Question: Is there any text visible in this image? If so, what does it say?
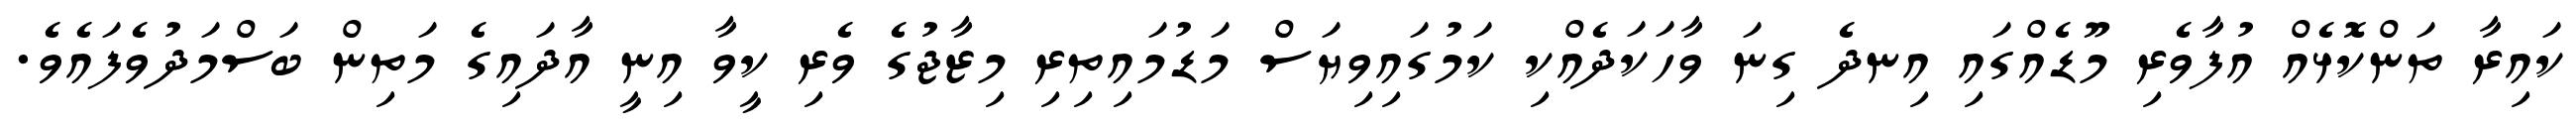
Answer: ކައިރާ ތަންކޮޅެއް އުފާވެރި މޫޑެއްގައި އިނދެ ގިނަ ވާހަކަދެއްކި ކަމުގައިވިޔަސް މަޑުމައިތިރި މިޒާޖުގެ ވެރި ކީވާ އިނީ އާދައިގެ މަތިން ބަސްމަދުވެފައެވެ.